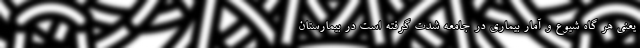
یعنی هر گاه شیوع و آمار بیماری در جامعه شدت گرفته است در بیمارستان